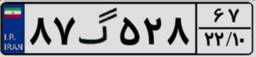
۸۷گ۵۲۸۶۷